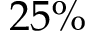
2 5 \%